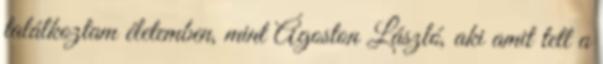
találkoztam életemben, mint Ágoston László, aki amit tett a